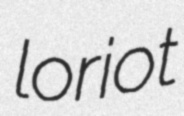
loriot